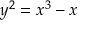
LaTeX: y ^ { 2 } = x ^ { 3 } - x